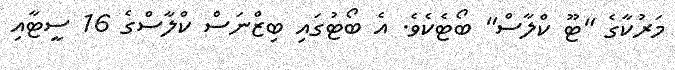
މަރުކާގެ "ޓޫ ކްލާސް" ބޯޓެކެވެ. އެ ބޯޓުގައި ބިޒްނަސް ކްލާސްގެ 16 ސީޓާއި